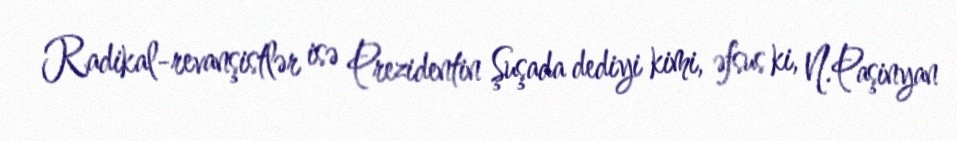
Radikal-revanşistlər isə Prezidentin Şuşada dediyi kimi, əfsus ki, N.Paşinyan